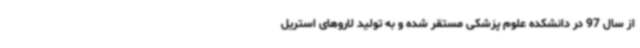
از سال 97 در دانشکده علوم پزشکی مستقر شده و به تولید لاروهای استریل